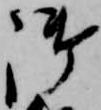
御